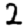
Digit: 2